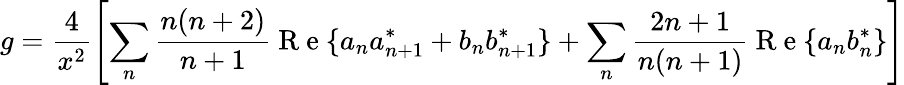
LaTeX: g=\frac{4}{x^{2}}\left[\sum_{n}\frac{n(n+2)}{n+1}\mathrm{~R~e~}\{ a_{n}a_{n+1}^{*}+b_{n}b_{n+1}^{*}\} +\sum_{n}\frac{2n+1}{n(n+1)}\mathrm{~R~e~}\{ a_{n}b_{n}^{*}\} \right]